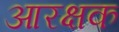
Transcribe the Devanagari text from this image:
आरक्षक